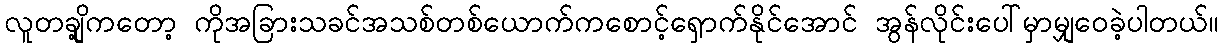
လူတချို့ကတော့ ကိုအခြားသခင်အသစ်တစ်ယောက်ကစောင့်ရှောက်နိုင်အောင် အွန်လိုင်းပေါ်မှာမျှဝေခဲ့ပါတယ်။